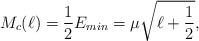
\begin{align*}M_{c}(\ell) = \frac{1}{2} E_{min} = \mu \sqrt{\ell + \frac{1}{2}} , \end{align*}